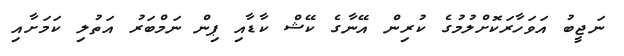
ނަޖީބު އަވަހާރަކޮށްލުމުގެ ކުރިން އޭނާގެ ކޭޝް ކާޑާއި ޕިން ނަމްބަރު އަތުލި ކަމަށާއި